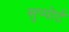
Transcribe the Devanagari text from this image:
सुप्पोर्ट